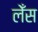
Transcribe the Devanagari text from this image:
लेँस